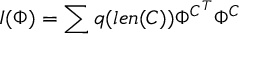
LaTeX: I ( \Phi ) = \sum q ( l e n ( C ) ) \Phi ^ { C ^ { T } } \Phi ^ { C }